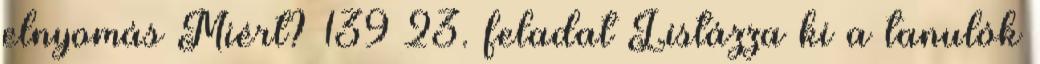
elnyomás Miért? 139 23. feladat Listázza ki a tanulók